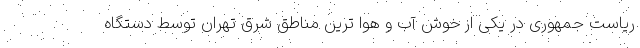
ریاست جمهوری در یکی از خوش‌‌ آب و هوا ترین مناطق شرق تهران توسط دستگاه